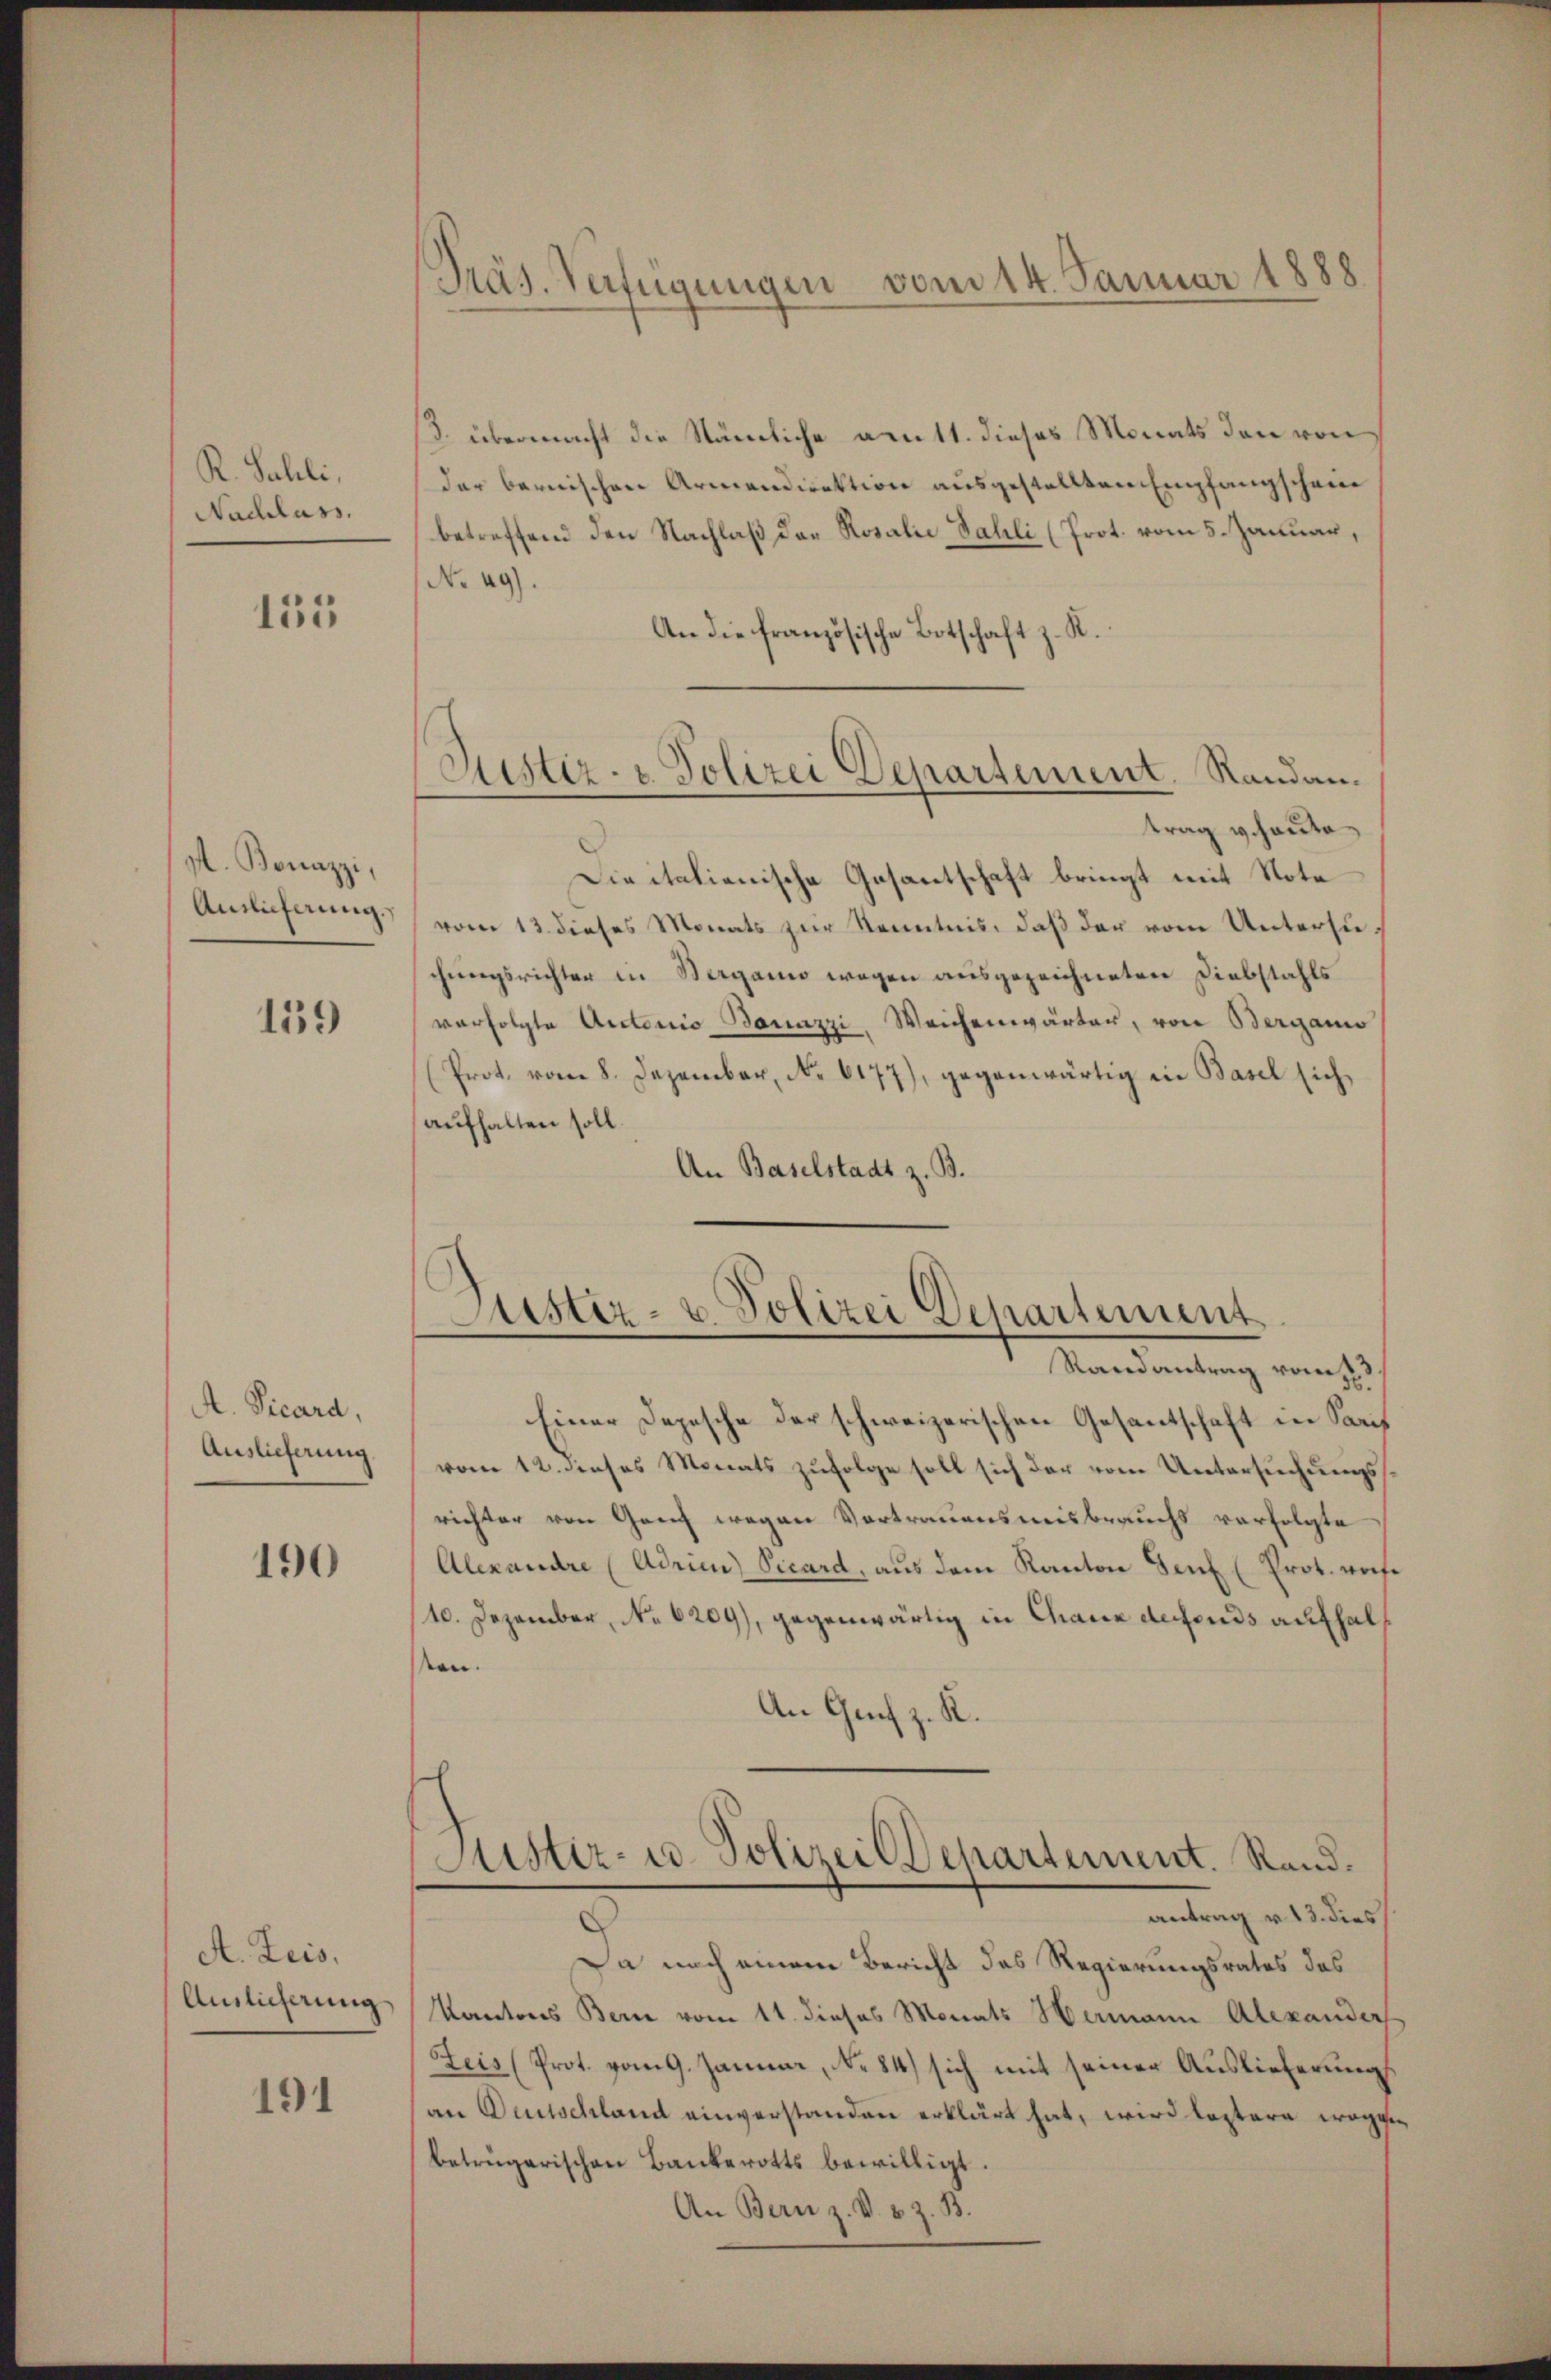
R. Sahli,
Nachlass.

155

A. Bonazzi,
Auslieferung.

139

A. Vicard,
Auslieferung

190

A. Zeis.
Auslieferung

191

Präs. Verfügungen vom 14. Januar 1888

3. übermacht die Stämliche arutt. dieses Monats den von
der bernischen Armendirektion ausgestellten Empfangschein
betreffend den Nachlaß der Rosalie Fahli (Prot. vom 5. Januar,
No 49).
An die französische Botschaft z. R.
trag v. heute
Dieitalianische Gesantschaft bringt mit Nota
vom 13. dieses Monats zur Kenntnis, daß der vom Untersuchungsrichter in Bergani wegen ausgezeichneten Diebstahls
verfolgte Autoris Bauazzi. Weichenwärter, von Berganis
(Prot. vom 8. Dezember, No. 6177), gegenwärtig in Basel sich
aufhalten soll.
An Baselstadt z. B.

Zustiz- & Polizei Departement. Randan¬

Justiz- u. Polizei Departement
Randantrag vom 13.

Einer Depesche der schweizerischen Gesantschaft in Paris
vom 12. dieses Monats zufolge soll sich der vom Untersuchungssrichter von Ganz wegen Vortrauensmisbrauchs verfolgte
Alexandre (Adrian Vicard, aus dem Kanton Genf (Prot. woche
10. Dezember, No 6209), gegenwärtig in Chaux deffends aufhalssen.
An Genf z. K.
Stister- u. Polizei Departement. Randantrag v. 13. dies
Da nach einem Bericht das Regierungsrates das
Kantons Bern vom 11. dieses Monats Hermann Alexanders
Seis (Prot. vom 9. Januar, No 84) sich mit seiner Auslieferungs
an Deutschland einverstanden erklärt hat, wird leztere wegenbetrügerischen Bankerotts bewilligt.
An Bern z. V. B. z. B.